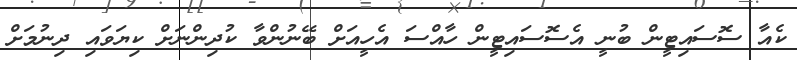
ކެއާ ސޮސައިޓީން ބުނީ އެސޮސައިޓީން ހާއްސަ އެހީއަށް ބޭނުންވާ ކުދިންނަށް ކިޔަވައި ދިނުމަށް